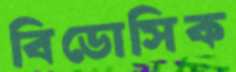
বিডোসিক